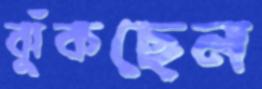
ঝুঁকছেন